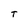
Character: T